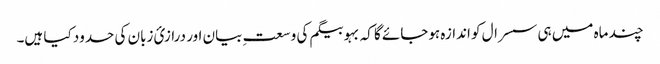
چند ماہ میں ہی سسرال کو اندازہ ہوجائے گا کہ بہو بیگم کی وسعتِ بیان اور درازیٔ زبان کی حدود کیا ہیں۔